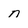
Character: n